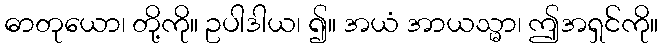
ဓာတုယော၊ တို့ကို။ ဥပါဒါယ၊ ၍။ အယံ အာယသ္မာ၊ ဤအရှင်ကို။